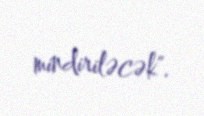
mindiriləcək".